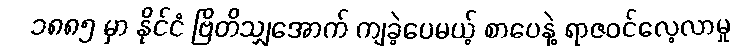
၁၈၈၅ မှာ နိုင်ငံ ဗြိတိသျှအောက် ကျခဲ့ပေမယ့် စာပေနဲ့ ရာဇဝင်လေ့လာမှု